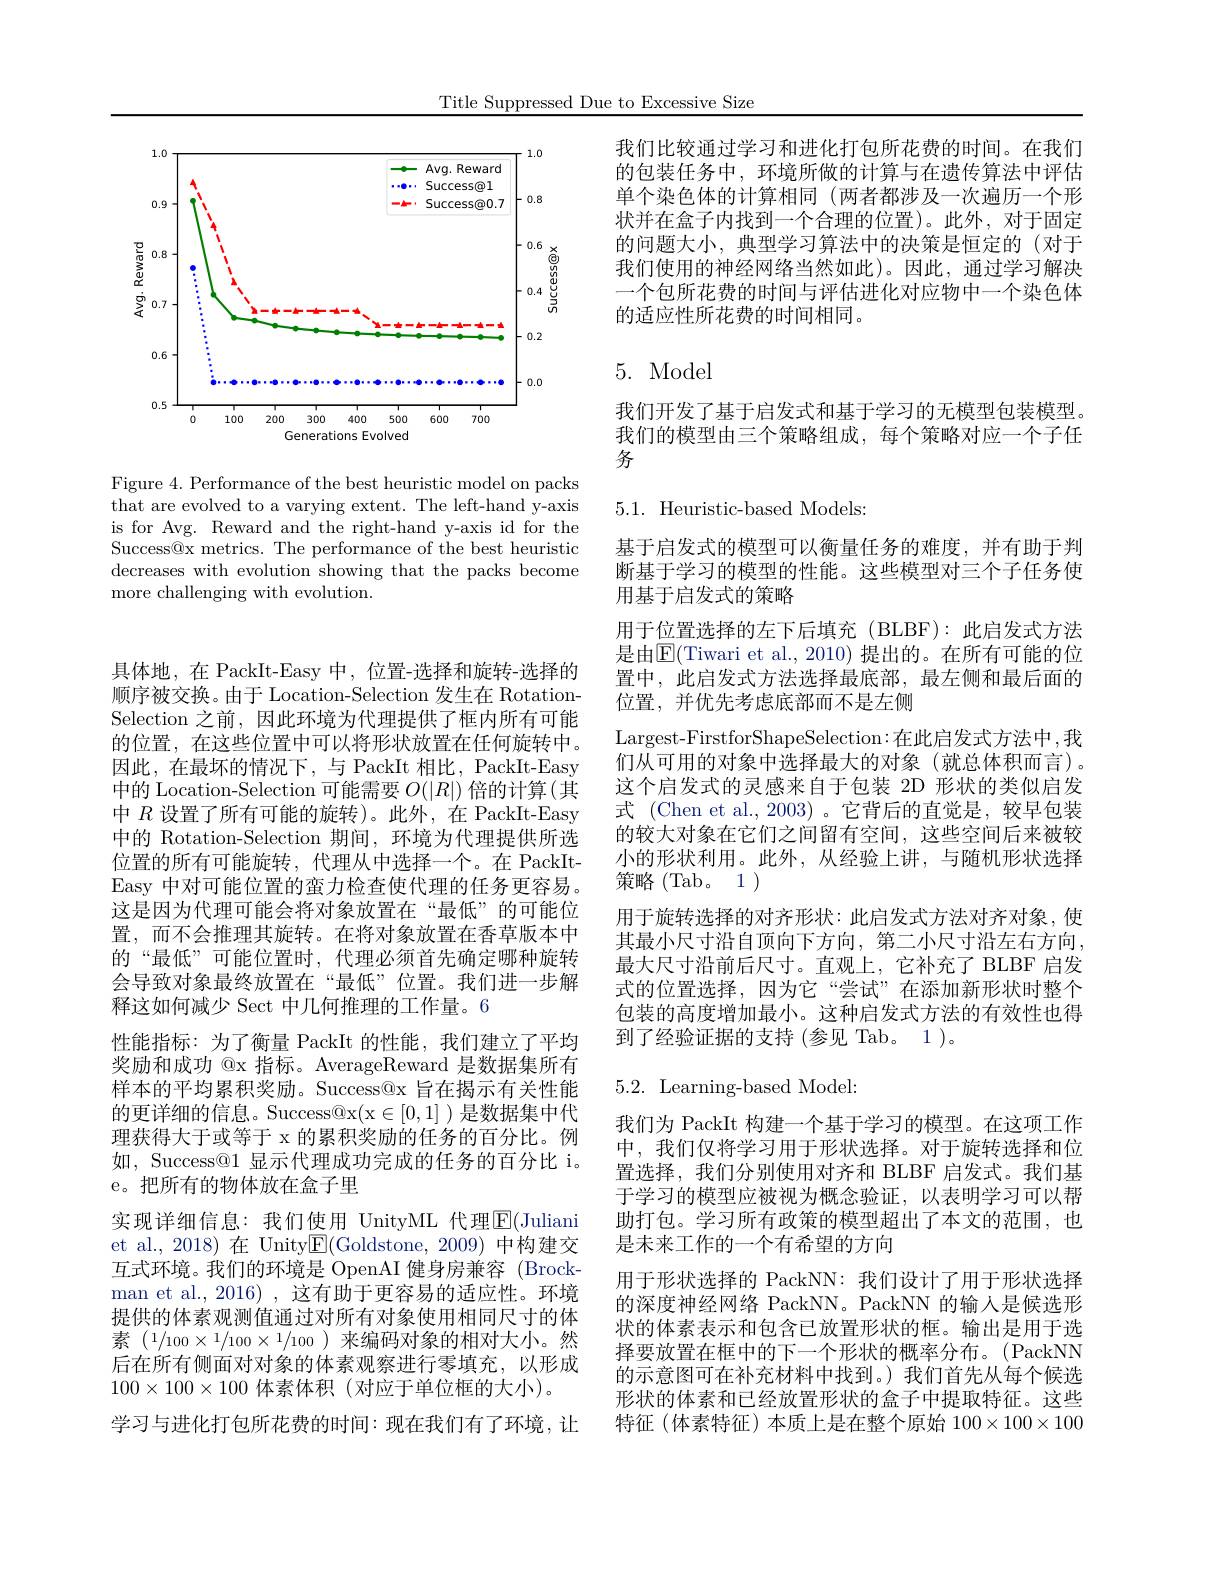
Title Suppressed Due to Excessive Size

<FigureHere>

Figure 4. Performance of the best heuristic model on packs that are evolved to a varying extent. The left-hand y-axis is for Avg. Reward and the right-hand y-axis id for the Success@x metrics. The performance of the best heuristic decreases with evolution showing that the packs become more challenging with evolution.

具体地，在 PackIt-Easy 中，位置-选择和旋转-选择的顺序被交换。由于 Location-Selection 发生在 RotationSelection 之前，因此环境为代理提供了框内所有可能的位置，在这些位置中可以将形状放置在任何旋转中。因此，在最坏的情况下，与 PackIt 相比，PackIt-Easy 中的 Location-Selection 可能需要$O(|R|)$倍的计算(其中$R$设置了所有可能的旋转)。此外，在 PackIt-Easy 中的 Rotation-Selection 期间，环境为代理提供所选位置的所有可能旋转，代理从中选择一个。在 PackItEasy 中对可能位置的蛮力检查使代理的任务更容易。这是因为代理可能会将对象放置在“最低”的可能位置，而不会推理其旋转。在将对象放置在香草版本中的“最低”可能位置时，代理必须首先确定哪种旋转会导致对象最终放置在“最低”位置。我们进一步解释这如何减少 Sect 中几何推理的工作量。6
性能指标：为了衡量 PackIt 的性能，我们建立了平均奖励和成功 @x 指标。AverageReward 是数据集所有样本的平均累积奖励。Success@x 旨在揭示有关性能的更详细的信息。Success$@x(x\in[0,1]$ )是数据集中代理获得大于或等于 x 的累积奖励的任务的百分比。例如，Success@1 显示代理成功完成的任务的百分比 i。e。把所有的物体放在盒子里
实现详细信息：我们使用 UnityML 代理$\overline{\mathrm{E}}($Juliani et al., 2018) 在 Unity$\underline{\mathrm{E}}($Goldstone, 2009) 中构建交互式环境。我们的环境是 OpenAI 健身房兼容 (Brock-) man et al.,2016) ,这有助于更容易的适应性。环境提供的体素观测值通过对所有对象使用相同尺寸的体素$(1/100\times1/100\times1/100)$来编码对象的相对大小。然后在所有侧面对对象的体素观察进行零填充，以形成$100\times100\times100$体素体积(对应于单位框的大小)。
学习与进化打包所花费的时间：现在我们有了环境，让

我们比较通过学习和进化打包所花费的时间。在我们的包装任务中，环境所做的计算与在遗传算法中评估单个染色体的计算相同(两者都涉及一次遍历一个形状并在盒子内找到一个合理的位置)。此外，对于固定的问题大小，典型学习算法中的决策是恒定的(对于我们使用的神经网络当然如此)。因此，通过学习解决一个包所花费的时间与评估进化对应物中一个染色体的适应性所花费的时间相同。

## 5. Model

我们开发了基于启发式和基于学习的无模型包装模型。我们的模型由三个策略组成，每个策略对应一个子任务

5.1. Heuristic-based Models:

基于启发式的模型可以衡量任务的难度，并有助于判断基于学习的模型的性能。这些模型对三个子任务使用基于启发式的策略
用于位置选择的左下后填充(BLBF):此启发式方法是由$\overline{\mathrm{E}}($Tiwari et al., 2010) 提出的。在所有可能的位置中，此启发式方法选择最底部，最左侧和最后面的位置，并优先考虑底部而不是左侧
Largest-FirstforShapeSelection:在此启发式方法中，我们从可用的对象中选择最大的对象(就总体积而言)。这个启发式的灵感来自于包装 2D 形状的类似启发式 (Chen et al.,2003)。它背后的直觉是，较早包装的较大对象在它们之间留有空间，这些空间后来被较小的形状利用。此外，从经验上讲，与随机形状选择策略(Tab。1)
用于旋转选择的对齐形状：此启发式方法对齐对象，使其最小尺寸沿自顶向下方向，第二小尺寸沿左右方向， 最大尺寸沿前后尺寸。直观上，它补充了 BLBF 启发式的位置选择，因为它“尝试”在添加新形状时整个包装的高度增加最小。这种启发式方法的有效性也得到了经验证据的支持(参见 Tab。1)。

5.2. Learning-based Model:

我们为 PackIt 构建一个基于学习的模型。在这项工作中，我们仅将学习用于形状选择。对于旋转选择和位置选择，我们分别使用对齐和 BLBF 启发式。我们基于学习的模型应被视为概念验证，以表明学习可以帮助打包。学习所有政策的模型超出了本文的范围，也是未来工作的一个有希望的方向
用于形状选择的 PackNN: 我们设计了用于形状选择的深度神经网络 PackNN。PackNN 的输入是候选形状的体素表示和包含已放置形状的框。输出是用于选择要放置在框中的下一个形状的概率分布。(PackNN 的示意图可在补充材料中找到。)我们首先从每个候选形状的体素和已经放置形状的盒子中提取特征。这些特征(体素特征)本质上是在整个原始$100\times100\times100$